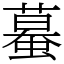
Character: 蟇